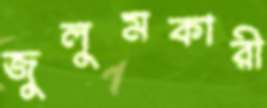
জুলুমকারী